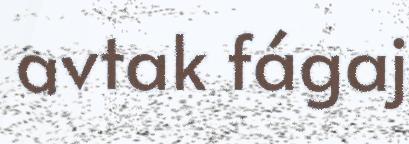
avtak fágaj